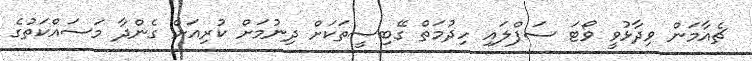
ޗެއާމަން ވިދާޅުވީ ވޯޓަ ސަޕްލައި ހިދުމަތް ގޭބިސީތަކަށް ދިނުމަށް ކުރިއަށް ގެންދާ މަސައްކަތުގެ